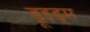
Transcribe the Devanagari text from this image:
ड्रूइड्स